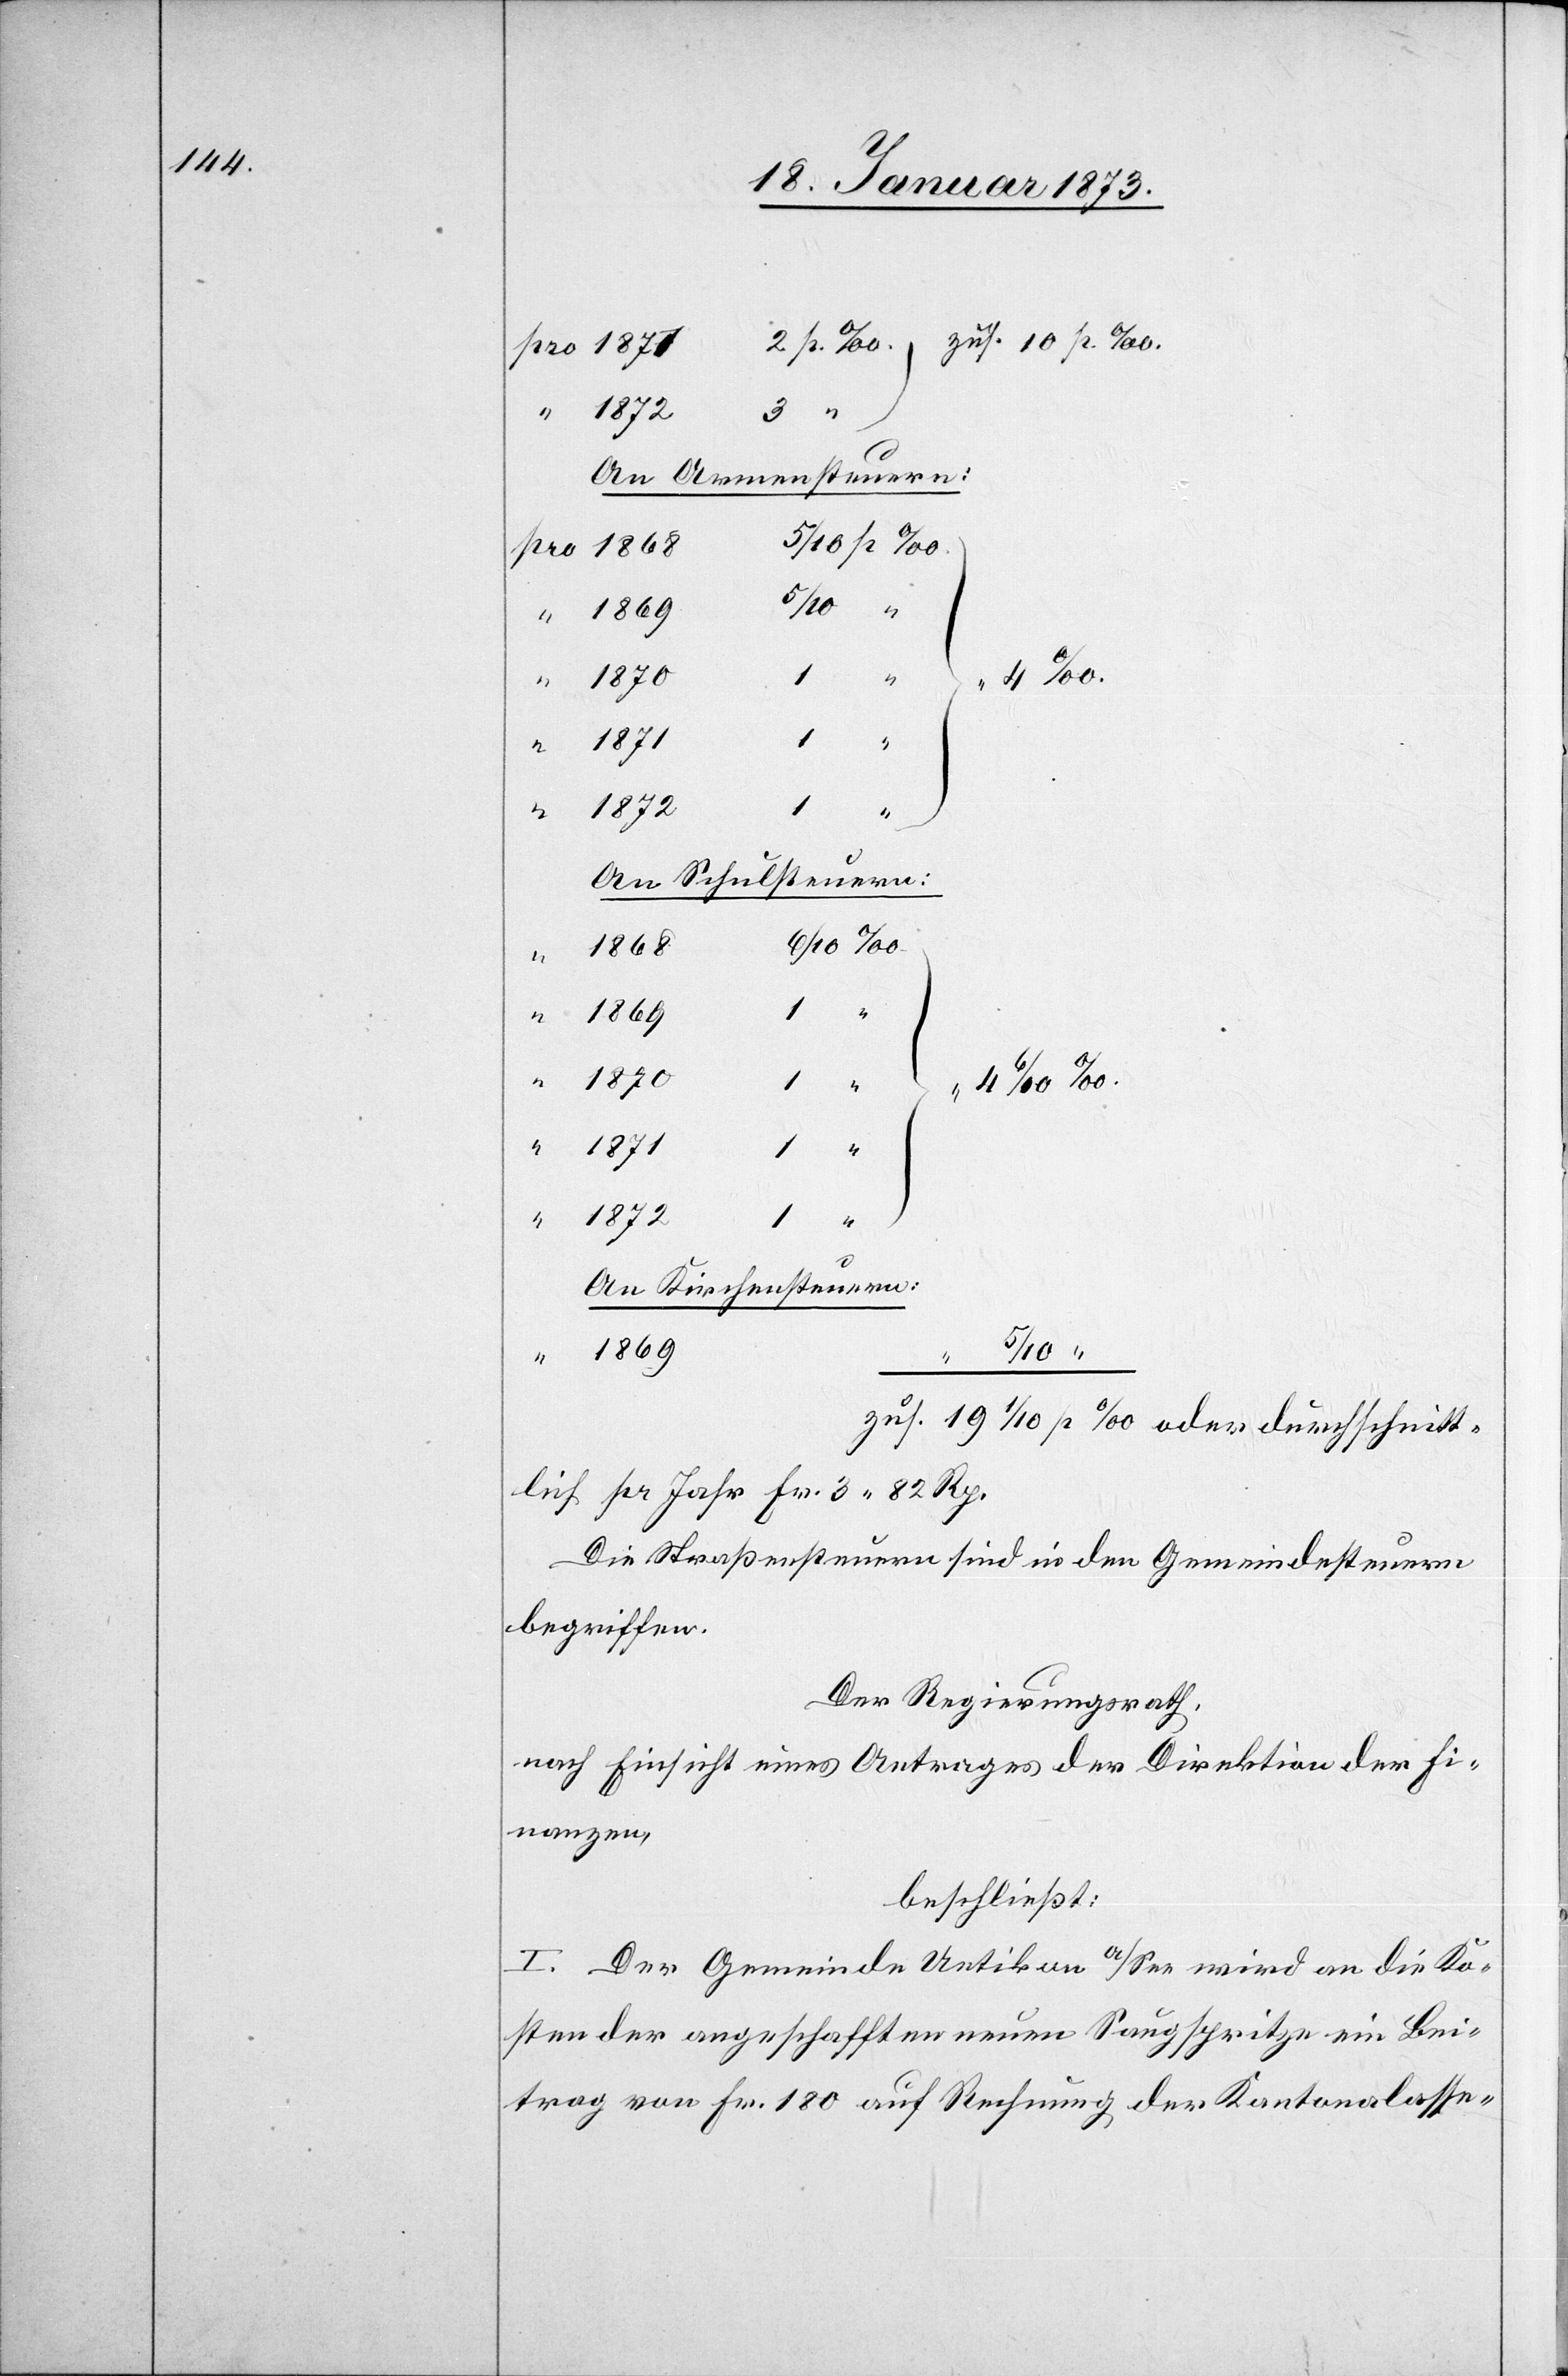
pro 1871
3
“
An Armensteuern:
pro 1868
5/10 “
1
An Schulsteuern:
4
1869
1870
4‰.
1871
1 “
1872
“
An Kirchensteuern:
zus. 19 1/10 p ‰ oder durchschnitt¬
lich pro Jahr Fr. 3. 82 Rp.
Die Straßensteuern sind in den Gemeindesteuern
begriffen.
Der Regierungsrath,
nach Einsicht eines Antrages der Direktion der Fi¬
nanzen,
beschließt:
I. Der Gemeinde Uetikon a/See wird an die Ko¬
sten der angeschafften neuen Saugspritze ein Bei¬
trag von Fr. 180 auf Rechnung der Kantonalasse-